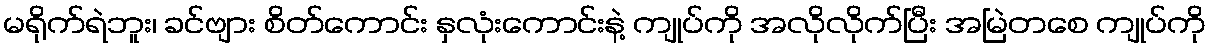
မရိုက်ရဲဘူး၊ ခင်ဗျား စိတ်ကောင်း နှလုံးကောင်းနဲ့ ကျုပ်ကို အလိုလိုက်ပြီး အမြဲတစေ ကျုပ်ကို